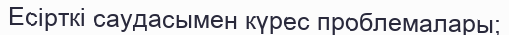
Есірткі саудасымен күрес проблемалары;